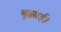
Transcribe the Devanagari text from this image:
बुझाई।